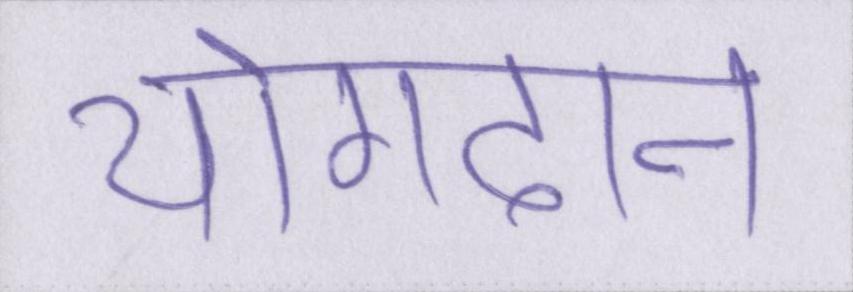
योगदान